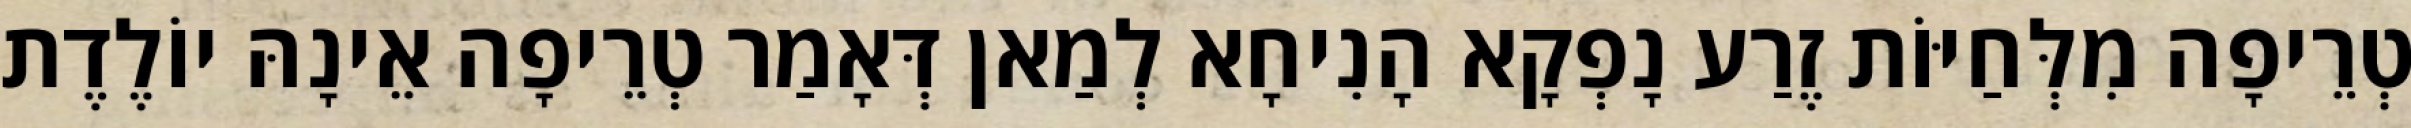
טְרֵיפָה מִלְּחַיּוֹת זֶרַע נָפְקָא הָנִיחָא לְמַאן דְּאָמַר טְרֵיפָה אֵינָהּ יוֹלֶדֶת